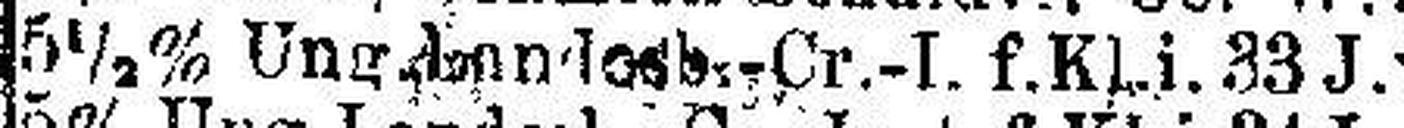
5½% Ung. Landesb.-Cr.-I. f.Kl.i. 33 J.v.